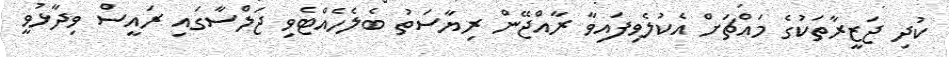
ކުދި ޖަޒީރާތަކުގެ މައްޗަށް އެކުލެވިފައިވާ ރާއްޖޭން ރިޔާސަތު ބެލެހެއްޓެވި ޖަލްސާގައި ރައީސް ވިދާޅުވީ